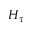
H _ { \tau }